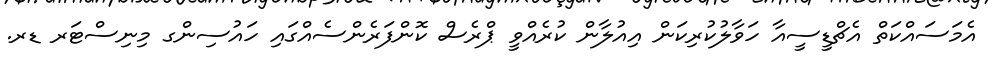
އެމަސައްކަތް އެޗްޑީސީއާ ހަވާލުކުރިކަން އިއުލާން ކުރެއްވީ ޕްރެސް ކޮންފަރެންސެއްގައި ހައުސިންގ މިނިސްޓަރ ޑރ.